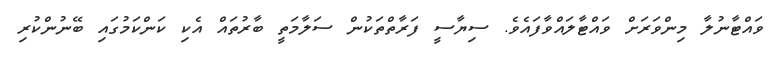
ވައްޓާނުލާ މިންވަރަށް ވައްޓާލައްވާފައެވެ. ސިޔާސީ ފަރާތްތަކުން ސަލާމަތީ ބާރުތައް އެކި ކަންކަމުގައި ބޭނުންކުރި